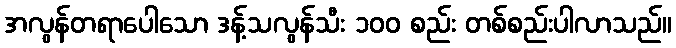
အလွန်တရာပေါသော ဒန့်သလွန်သီး ၁၀၀ စည်း တစ်စည်းပါလာသည်။